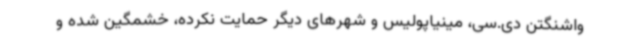
واشنگتن دی.سی، مینیاپولیس و شهرهای دیگر حمایت نکرده، خشمگین شده و